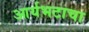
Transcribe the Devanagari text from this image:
आर्यभटाचा